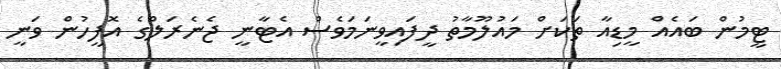
ޓީމުން ބައެއް މީޑިއާ ތަކަށް މައުލޫމާތު ދީފައިވީނަމަވެސް އެޓާނީ ޖެނެރަލްގެ އޮފީހުން ވަނީ